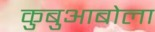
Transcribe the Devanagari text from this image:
कुबुआबोला